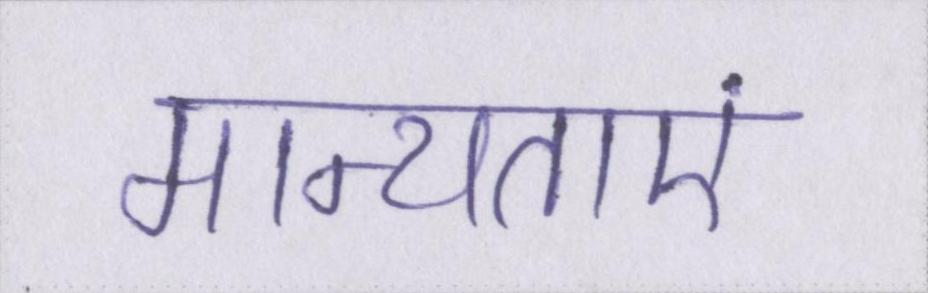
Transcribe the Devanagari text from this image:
मान्यताएं